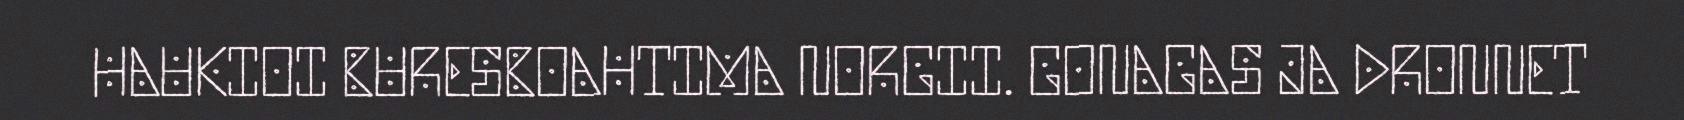
HAUKIOI BURESBOAHTIMA NORGII. GONAGAS JA DRONNET